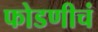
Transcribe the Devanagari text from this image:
फोडणीचं